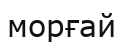
морғай